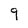
Character: 9